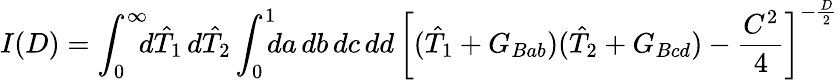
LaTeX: I(D)=\int_{0}^{\infty}\! \! \! d\hat{T}_{1}\, d\hat{T}_{2}\int_{0}^{1}\! \! \! da\, db\, dc\, dd\, {\biggl[(\hat{T}_{1}+G_{Bab})(\hat{T}_{2}+G_{Bcd})-{\frac{C^{2}}{4}}\biggr]}^{-{\frac{D}{2}}}